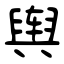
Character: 舆